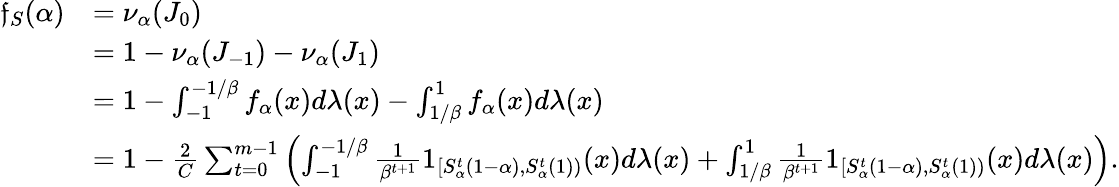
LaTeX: \begin{array}{rl}{\mathfrak{f}_{S}(\alpha)}&{=\nu_{\alpha}(J_{0})}\\ &{=1-\nu_{\alpha}(J_{-1})-\nu_{\alpha}(J_{1})}\\ &{=1-\int_{-1}^{-1/\beta}f_{\alpha}(x)d\lambda(x)-\int_{1/\beta}^{1}f_{\alpha}(x)d\lambda(x)}\\ &{=1-\frac 2C\sum_{t=0}^{m-1}\left(\int_{-1}^{-1/\beta}\frac 1{\beta^{t+1}}1_{[S_{\alpha}^{t}(1-\alpha),S_{\alpha}^{t}(1))}(x)d\lambda(x)+\int_{1/\beta}^{1}\frac 1{\beta^{t+1}}1_{[S_{\alpha}^{t}(1-\alpha),S_{\alpha}^{t}(1))}(x)d\lambda(x)\right).}\end{array}